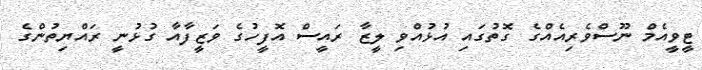
ޓީވީއެމް ނޫސްވެރިއެއްގެ ގޮތުގައި އުޅުއްވި ލީޒާ ރައީސް އޮފީހުގެ ވަޒީފާއާ ގުޅުނީ ރައްޔިތުންގެ